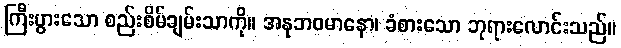
ကြီးပွားသော စည်းစိမ်ချမ်းသာကို။ အနုဘဝမာနော၊ ခံစားသော ဘုရားလောင်းသည်။